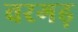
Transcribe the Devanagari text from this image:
वरगढ़